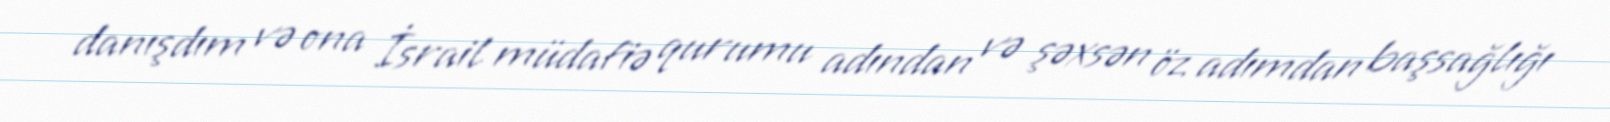
danışdım və ona İsrail müdafiə qurumu adından və şəxsən öz adımdan başsağlığı